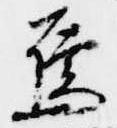
烏